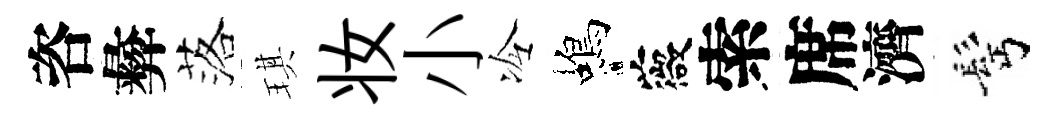
咨彜落琪妆小冷蝎薇索席濟髩